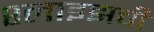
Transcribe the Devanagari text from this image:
श्लाइझची